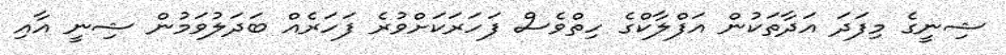
ޝިނީގެ މިފަދަ އަދާތަކުން އަފްލާކްގެ ހިތްވެސް ފަހަރަކަށްވުރެ ފަހަރެއް ބަދަލުވަމުން ޝިނީ އާއި